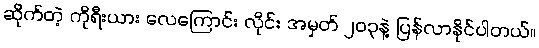
ဆိုက်တဲ့ ကိုရီးယား လေကြောင်း လိုင်း အမှတ် ၂၀၃နဲ့ ပြန်လာနိုင်ပါတယ်။